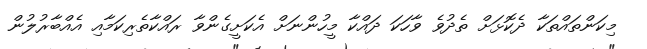
މިކަންތައްތަކާ ދެކޮޅަށް ތެދުވެ ވާހަކަ ދައްކާ މީހުންނަށް އެކަށީގެންވާ ރައްކާތެރިކަމާއި އެއްބާރުލުން